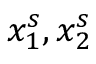
x _ { 1 } ^ { s } , x _ { 2 } ^ { s }